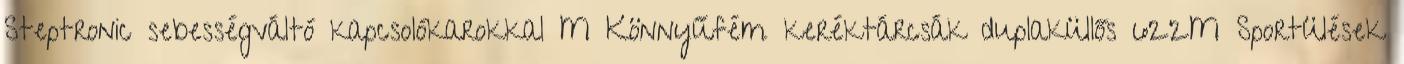
Steptronic sebességváltó kapcsolókarokkal M Könnyűfém keréktárcsák duplaküllős 622M Sportülések